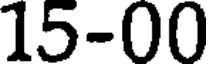
15-00